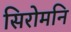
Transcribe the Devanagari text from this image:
सिरोमनि